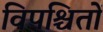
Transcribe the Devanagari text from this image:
विपश्चितों